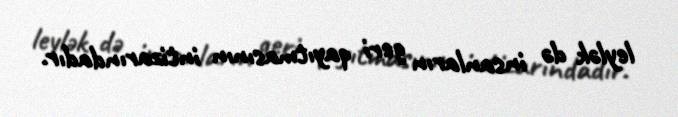
leylək də insanların geri qayıtmasının intizarındadır.